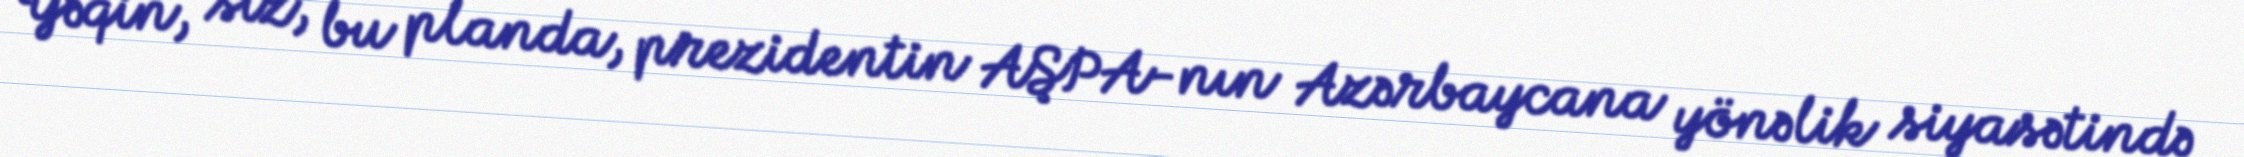
Yəqin, siz, bu planda, prezidentin AŞPA-nın Azərbaycana yönəlik siyasətində